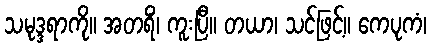
သမုဒ္ဒရာကို။ အတရိံ၊ ကူးပြီ။ တယာ၊ သင်ဖြင့်။ ကေပုကံ၊